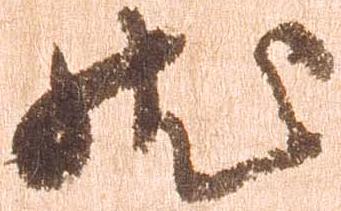
然